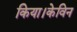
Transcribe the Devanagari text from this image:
किया।केविन